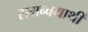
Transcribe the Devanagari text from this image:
समन्वयार्थी